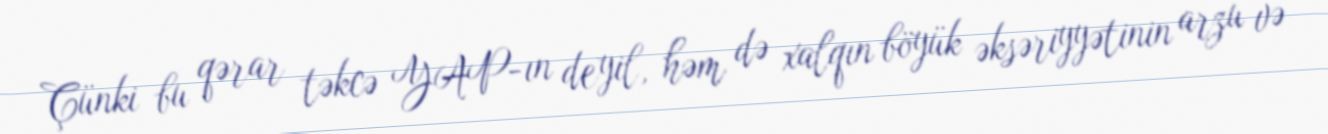
Çünki bu qərar təkcə YAP-ın deyil, həm də xalqın böyük əksəriyyətinin arzu və